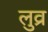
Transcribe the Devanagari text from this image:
लुव्र